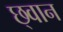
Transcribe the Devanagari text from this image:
छ्वान